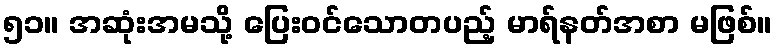
၅၁။ အဆုံးအမသို့ ပြေးဝင်သောတပည့် မာရ်နတ်အစာ မဖြစ်။